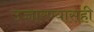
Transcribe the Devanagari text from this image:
उच्चारण्यासही